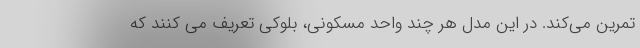
تمرین می‌کند. در این مدل هر چند واحد مسکونی، بلوکی تعریف می کنند که